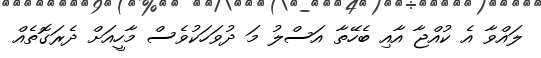
ލައްވާ އެ ކުއްޖާ އާއި ބެހޭތާ އަސްލު މަ ދުވަހަކުވެސް މާހީއަށް ދެރަގޮތެއް